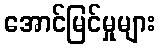
အောင်မြင်မှုများ